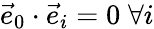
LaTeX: \vec{e}_{0}\cdot\vec{e}_{i}=0\; \forall i